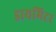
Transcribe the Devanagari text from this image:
डायमिटर